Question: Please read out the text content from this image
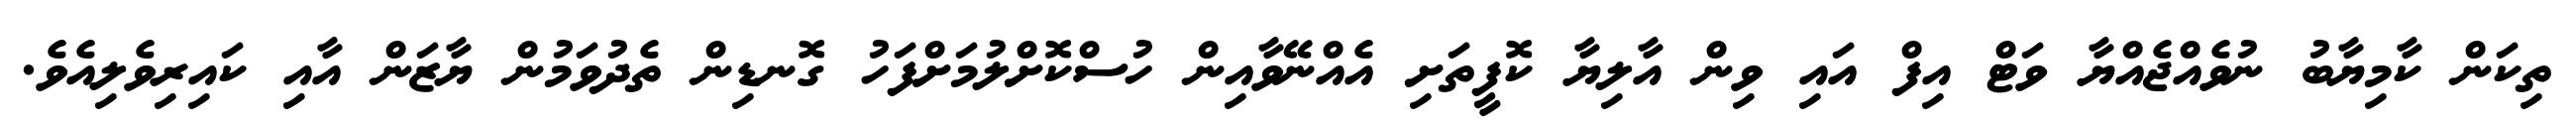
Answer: ތިކަން ކާމިޔާބު ނުވެއްޖެއްޔާ ވަޓް އިފް އައި ވިން އާލިޔާ ކޮފީތަށި އެއްނޭވާއިން ހުސްކޮށްލުމަށްފަހު ގޮނޑިން ތެދުވަމުން ޔާޒަން އާއި ކައިރިވެލިއެވެ.